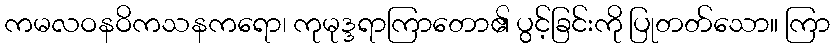
ကမလဝနဝိကသနကရော၊ ကုမုဒ္ဒရာကြာတော၏ ပွင့်ခြင်းကို ပြုတတ်သော။ ကြာ